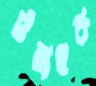
টমাহক